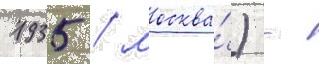
1935 / москва́) -